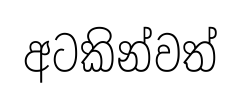
අටකින්වත්